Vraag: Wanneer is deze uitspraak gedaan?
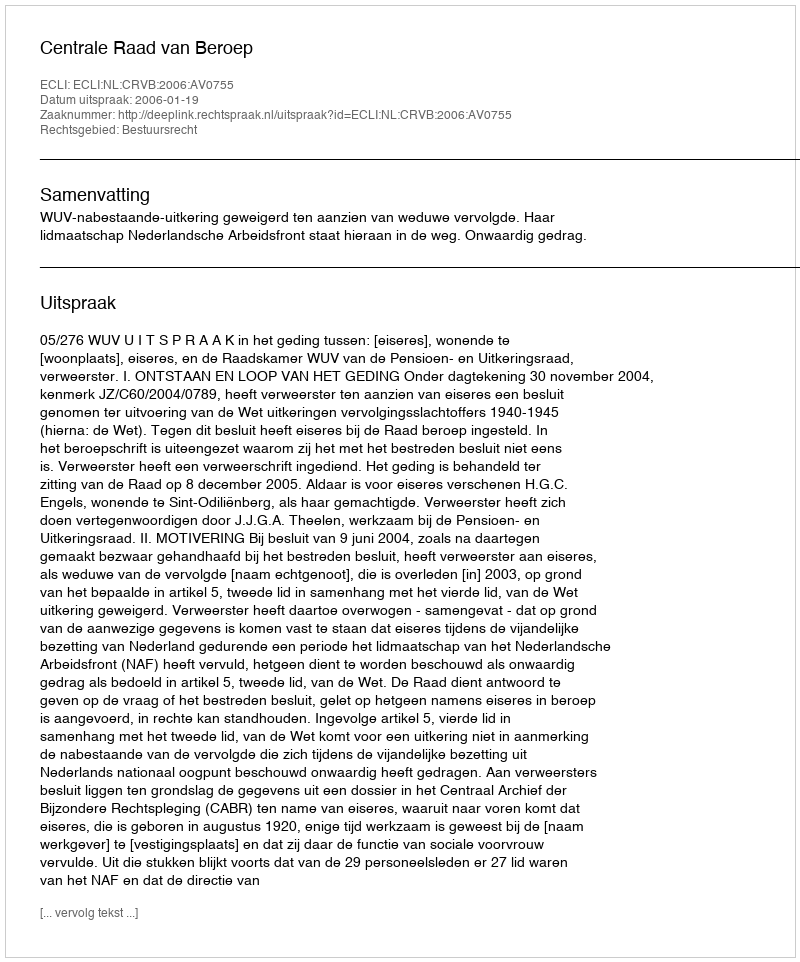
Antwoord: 2006-01-19